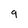
Character: 9